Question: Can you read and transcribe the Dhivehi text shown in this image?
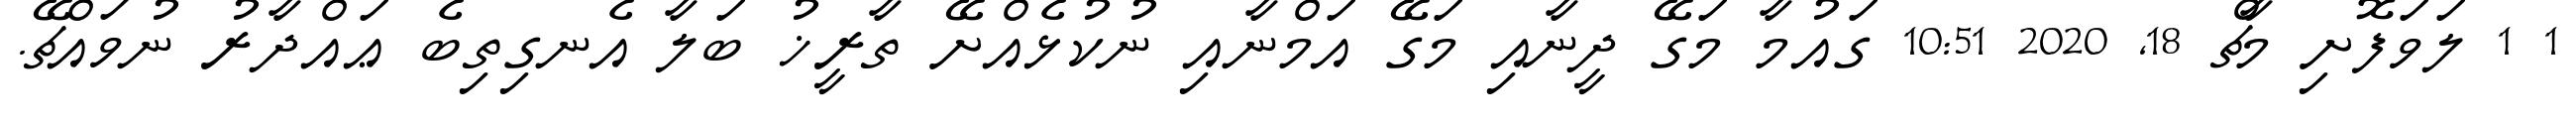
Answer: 1 1 ލަވަފޮށި މާޗް 18, 2020 10:51 ގައުމާ މަގޭ ދީނާއި މަގޭ އަމްނާއި ނުކުޅެއްށޭ ތާރީޚު ބަލާ އެނގިތިބެ ޢައްދާރު ނުވައްޗޭ.